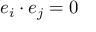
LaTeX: e _ { i } \cdot e _ { j } = 0